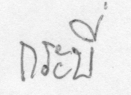
กระบี่